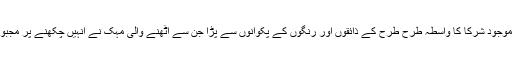
میلہ میں موجود شرکا کا واسطہ طرح طرح کے ذائقوں اور رنگوں کے پکوانوں سے پڑا جن سے اٹھنے والی مہک نے انہیں چکھنے پر مجبور کر دیا۔